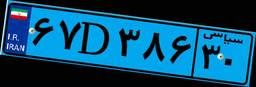
۹۳D۳۷۶۲۸